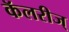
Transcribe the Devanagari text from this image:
कॅलरीज्‌